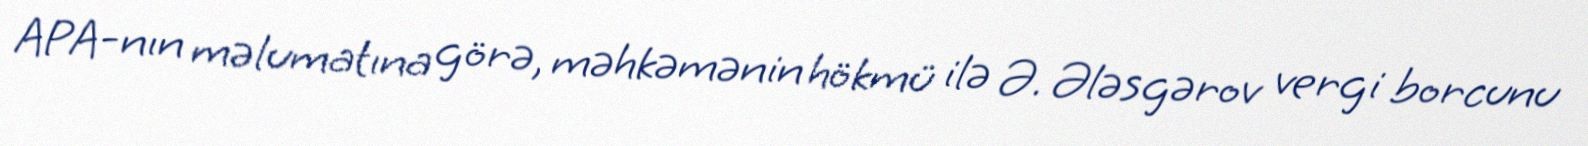
APA-nın məlumatına görə, məhkəmənin hökmü ilə Ə. Ələsgərov vergi borcunu